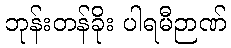
ဘုန်းတန်ခိုး ပါရမီဉာဏ်